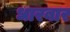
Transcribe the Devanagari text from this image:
धारबार